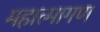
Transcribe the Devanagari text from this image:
महात्मागण